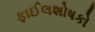
ફાઈલશોષકો